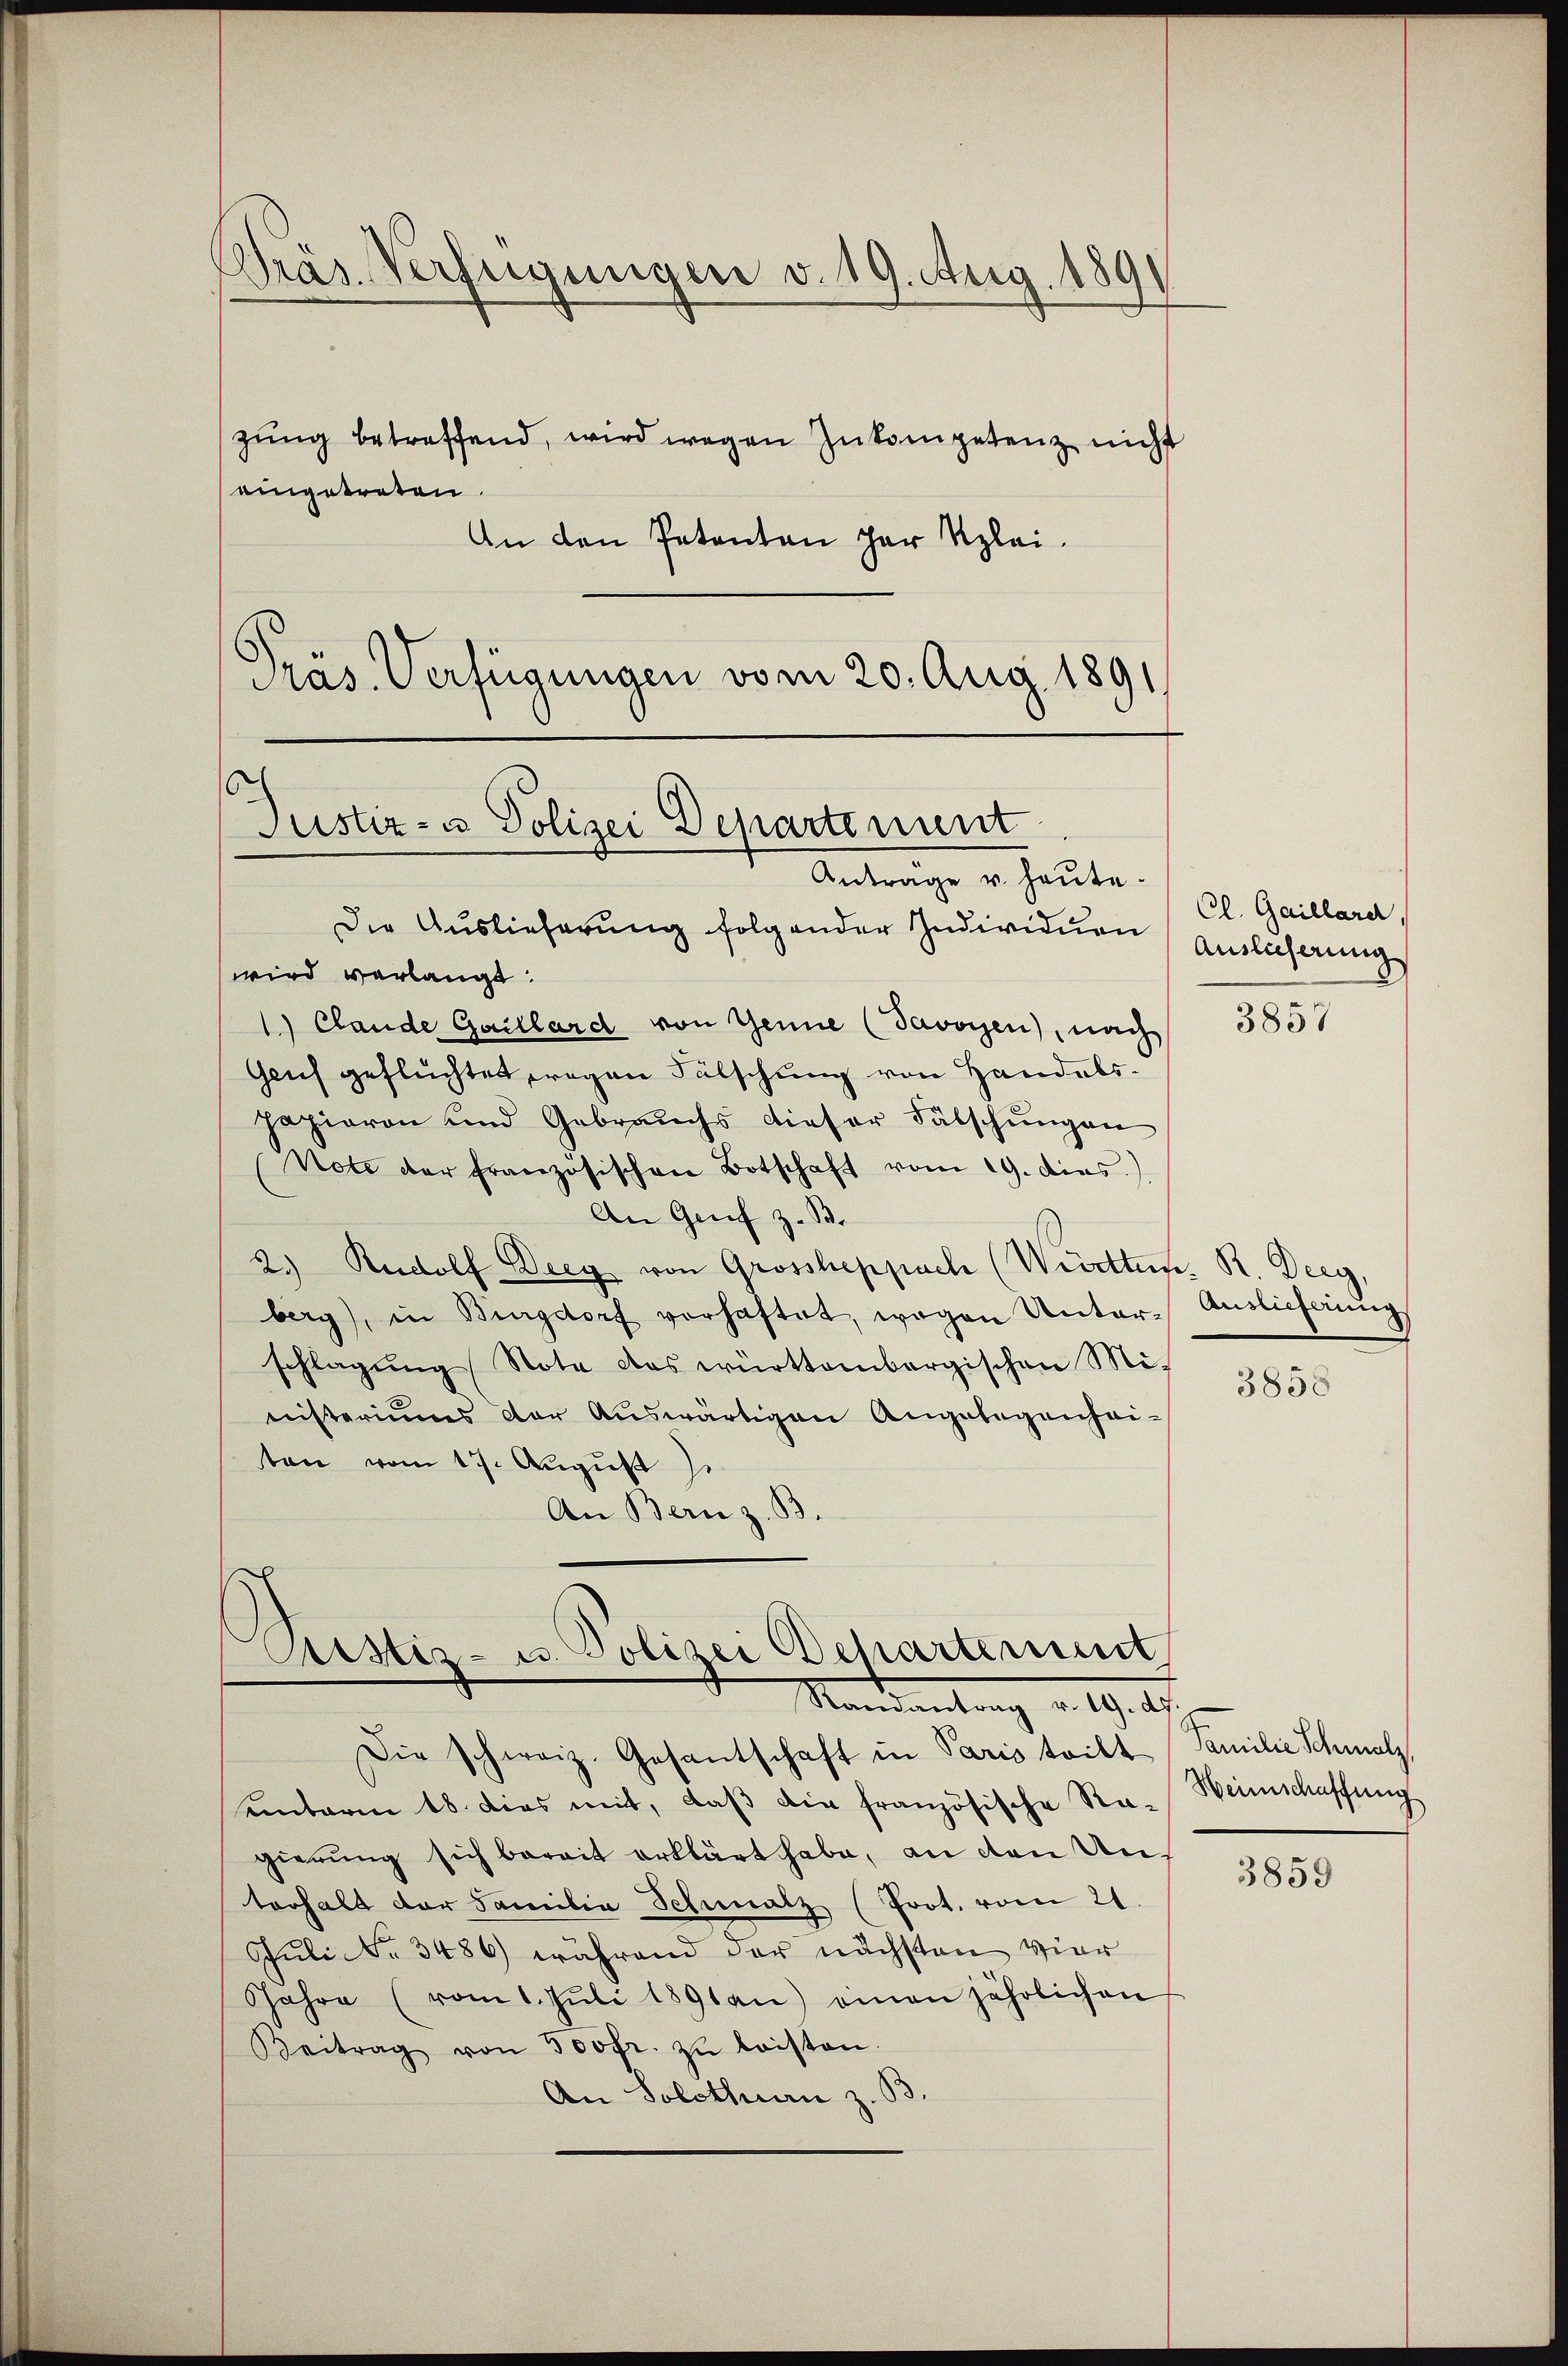
Präs. Verfügungen v. 19. Aug. 189
zung betreffend, wird wegen Zukompetenz nicht
eingetreten.

An den Petenten der Klei
Präs. Verfügungen vom 20. Aug. 1891

s
Justiz- u Polizei Departement
Antrage u. heute.

Rustiz- u. Polizei Departement
Mandantung u. 19. d.

Die Auslieferung folgender Individuen Auslicherung
wird verlangt.
1.) Claude Guillard von Genie (Javoyen), nach
Gauf geflüchtet wegen Fälschung von Handelspapieren und Gebrauchs dieser Fälschŭngen
Note der französischen Botschaft vom 19. dies.)
An Genf z. B.
2.) Rudolf Drey von Grossheppach (Wetten. R. Drey,
berg), in Burgdorf vorhaftet, wegen Unter-Aŭslieferŭng
schlagung Note das württembergischen Ministeriums der Auswärtigen Angelegenheiten vom 17. August
An Bern z. B.

Die schweiz. Gesantschaft in Paris teilt (Familie Schmalz
einbaren 18. dies mit, daβ die französische Ra-Weinschaffung
gierung sich bereit erklärt habe, an den Unterhalt der Familia Schmalz (Prot. vom 21.
Juli No 3486) während der nächsten vier
Jahre (vom 1. Jŭli 1891 an) einen jährlichen
Beitrag von 500fr. zŭ leisten.
An Solothurn z. B.

Cl. Gaillard,

3857

3858

3859